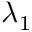
\lambda _ { 1 }